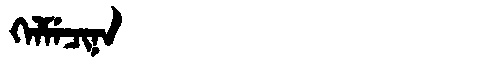
Manchu: ᡴᡝᠯᠮᡝᠴᡳᠨᠠ
Romanization: KELMECINA